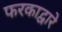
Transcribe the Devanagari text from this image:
फरकाद्वारे